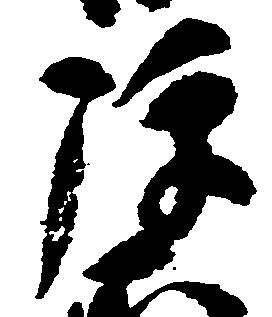
弾